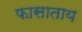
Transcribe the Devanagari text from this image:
फासाताय